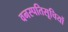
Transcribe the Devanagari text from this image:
वनस्पतिसूचियों